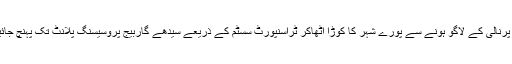
اس پرنالی کے لاگو ہونے سے پورے شہر کا کوڑا اٹھاکر ٹراسنپورٹ سسٹم کے ذریعے سیدھے گاربیج پروسیسنگ پلانٹ تک پہنچ جائیگا۔